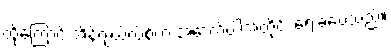
ထို့ကြောင့် အိန်ဂျယ်လ်စ်က အောက်ပါအတိုင်း ရေးခဲ့ပေသည်။